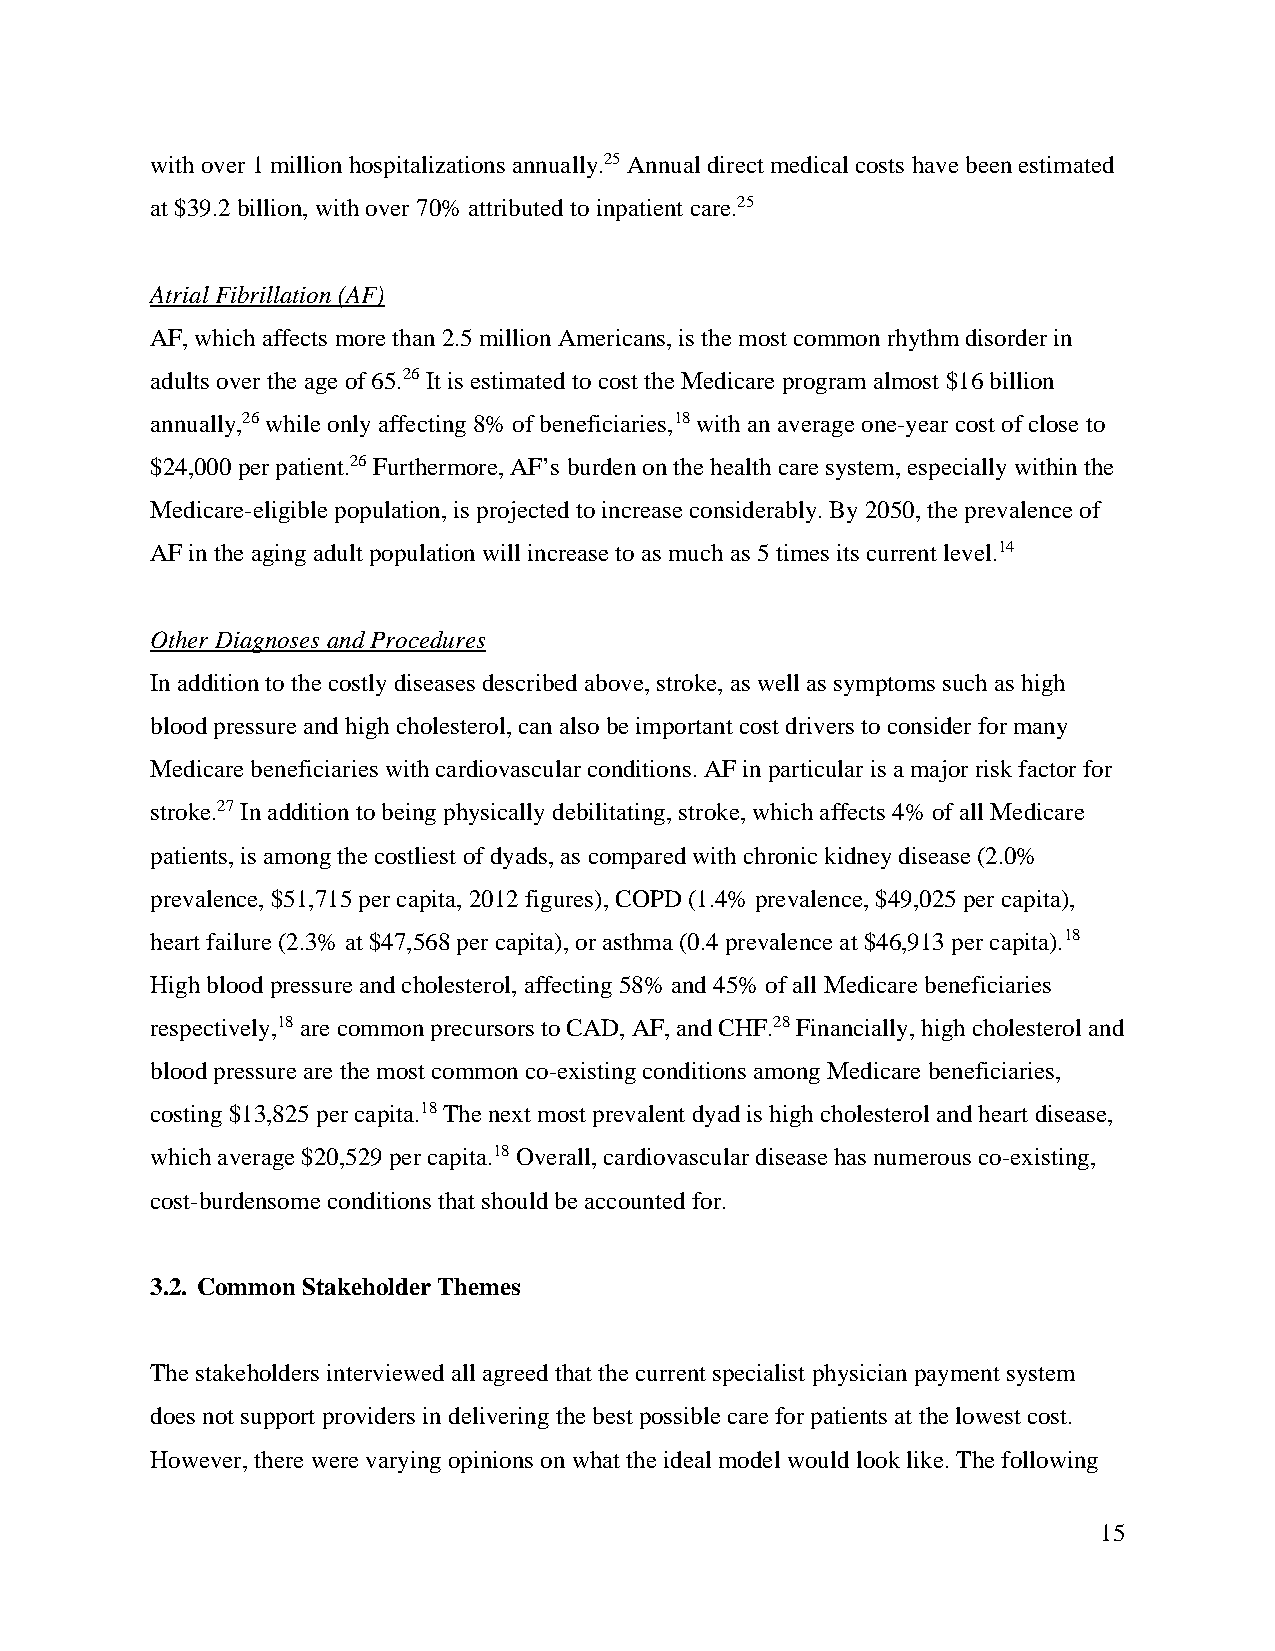
with over 1 million hospitalizations annually.25 Annual direct medical costs have been estimated
 at $39.2 billion, with over 70% attributed to inpatient care.25
 Atrial Fibrillation (AF)
 AF, which affects more than 2.5 million Americans, is the most common rhythm disorder in
 adults over the age of 65.26 It is estimated to cost the Medicare program almost $16 billion
 annually,26 while only affecting 8% of beneficiaries,18 with an average one-year cost of close to
 $24,000 per patient.26 Furthermore, AF’s burden on the health care system, especially within the
 Medicare-eligible population, is projected to increase considerably. By 2050, the prevalence of
 AF in the aging adult population will increase to as much as 5 times its current level.14
 Other Diagnoses and Procedures
 In addition to the costly diseases described above, stroke, as well as symptoms such as high
 blood pressure and high cholesterol, can also be important cost drivers to consider for many
 Medicare beneficiaries with cardiovascular conditions. AF in particular is a major risk factor for
 stroke.27 In addition to being physically debilitating, stroke, which affects 4% of all Medicare
 patients, is among the costliest of dyads, as compared with chronic kidney disease (2.0%
 prevalence, $51,715 per capita, 2012 figures), COPD (1.4% prevalence, $49,025 per capita),
 heart failure (2.3% at $47,568 per capita), or asthma (0.4 prevalence at $46,913 per capita).18
 High blood pressure and cholesterol, affecting 58% and 45% of all Medicare beneficiaries
 respectively,18 are common precursors to CAD, AF, and CHF.28 Financially, high cholesterol and
 blood pressure are the most common co-existing conditions among Medicare beneficiaries,
 costing $13,825 per capita.18 The next most prevalent dyad is high cholesterol and heart disease,
 which average $20,529 per capita.18 Overall, cardiovascular disease has numerous co-existing,
 cost-burdensome conditions that should be accounted for.
 3.2. Common Stakeholder Themes
 The stakeholders interviewed all agreed that the current specialist physician payment system
 does not support providers in delivering the best possible care for patients at the lowest cost.
 However, there were varying opinions on what the ideal model would look like. The following
 15